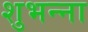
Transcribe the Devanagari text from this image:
शुभन्ना